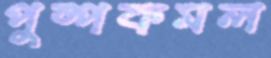
পুষ্পকমল